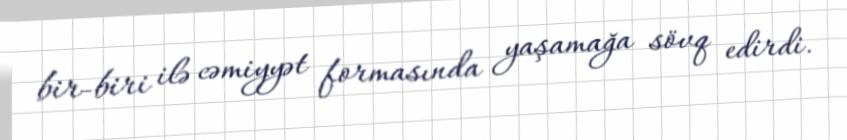
bir-biri ilə cəmiyyət formasında yaşamağa sövq edirdi.